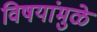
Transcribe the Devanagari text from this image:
विषयांमुळे